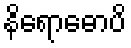
နိရောဓောပိ